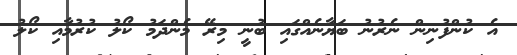
އެ ކުންފުނިން ނެރުނު ބަޔާނެއްގައި ބުނީ މިރޭ މެންދަމު ކޯލު ކުރުމާއި ކޯލު